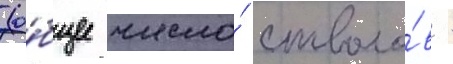
(о́бщее число́ стволо́в -